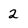
Character: 2